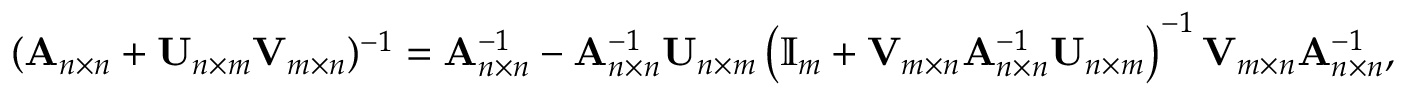
( \mathbf { A } _ { n \times n } + \mathbf { U } _ { n \times m } \mathbf { V } _ { m \times n } ) ^ { - 1 } = \mathbf { A } _ { n \times n } ^ { - 1 } - \mathbf { A } _ { n \times n } ^ { - 1 } \mathbf { U } _ { n \times m } \left( \mathbb { I } _ { m } + \mathbf { V } _ { m \times n } \mathbf { A } _ { n \times n } ^ { - 1 } \mathbf { U } _ { n \times m } \right) ^ { - 1 } \mathbf { V } _ { m \times n } \mathbf { A } _ { n \times n } ^ { - 1 } ,